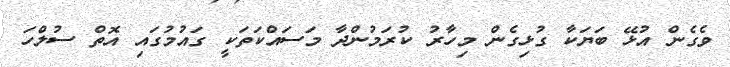
ވެގެން އުޅޭ ބަޔަކާ ގުޅިގެން މިހާރު ކުރަމުންދާ މަސައްކަތަކީ ގައުމުގައި އޮތް ސުލްހަ